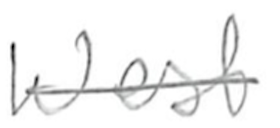
Text: West
Cross-out: mix
Writing tool: pencil